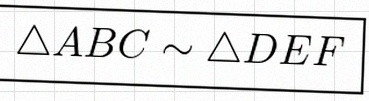
\triangle ABC\sim\triangle DEF